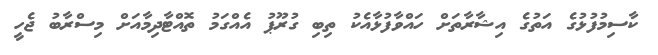
ކާސިމުފުޅުގެ އަތުގެ އިޝާރާތަށް ހައްވާފުޅާއެކު ތިބި ގުރޫޕު އެއްގަމު ތޮއްޓާދިމާއަށް މިސްރާބު ޖެހީ